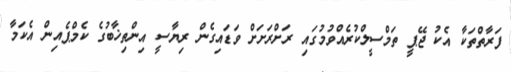
ފަރާތްތަކާ އެކު ޖޭޕީ ތަމްސީލްކުރެއްވުމުގައި ރަށްރަށަށް ވަޑައިގެން ރިޔާސީ އިންތިޚާބުގެ ކެމްޕެއިން އެކަމާ